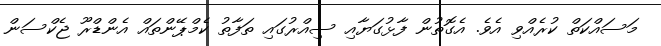
މަސައްކަތް ކުރެއްވި އެވެ. އެގޮތުން ފާޅުގަޔާއި ސިއްރުގައި ތަފާތު ކެމްޕޭންތައް އެންޑްރޫ ޖެކްސަން